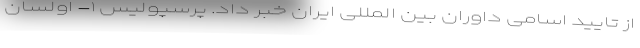
از تایید اسامی داوران بین المللی ایران خبر داد. پرسپولیس ۱- اولسان